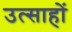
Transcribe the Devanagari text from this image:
उत्साहों